system: You are a helpful assistant.
user:
Analyze the provided spectrum to determine if it is a **"Cataclysmic Variables (CV)"**.

- **Key Indicators for CV (Check for either state):**
    - **State 1: Quiescent / Low-State (Emission-Dominated)**
        - **(Primary):** Strong and *very broad* Hydrogen Balmer emission lines (e.g., $H\alpha$ at 6563 Å, $H\beta$ at 4861 Å). The 'broadness' (high velocity dispersion, often FWHM > 1000 km/s) is the key diagnostic, indicating a high-velocity accretion disk.
        - **(Secondary):** Broad neutral Helium (He I) emission lines (e.g., 5876 Å, 6678 Å).
        - **(Key Confirmation):** Presence of high-excitation *ionized* Helium (He II) emission at 4686 Å. This is a strong indicator of accretion onto a white dwarf.
        - **(Line Profile):** Emission lines may exhibit a 'double-peaked' profile, which is a classic signature of a rotating accretion disk viewed at high inclination.

    - **State 2: Outburst / High-State (Absorption-Dominated)**
        - **(Primary):** Spectrum is dominated by a bright, blue continuum (looks like a hot star).
        - **(Secondary):** The emission lines from State 1 are weak, absent, or 'filled in', and are replaced by broad, shallow *absorption* lines (primarily Balmer and He I).
        - **(Morphology):** The overall spectrum mimics a hot B/A-type star. The crucial difference is that the absorption lines are significantly broader, shallower, and more 'washed-out' (or 'smeared') than the sharp lines of a normal stellar photosphere, due to high rotational speeds and pressure broadening in the disk.

Think first, call **spectral_visualization_tool** if needed to examine features in detail, then provide your final answer. Your response must adhere to the following strict rules:
1.  **Overall Structure:** Your response must follow the format `<think>...</think> <tool_call>...</tool_call> (if a tool is used) <answer>...</answer>`.
2.  **Tool Usage Constraint:** You may only make **one** tool call per turn.
3.  **Final Answer Format:** In the `<answer>` tag, your conclusion must be inside a `\boxed{}` command (e.g., `\boxed{YES}`), followed by your justification.

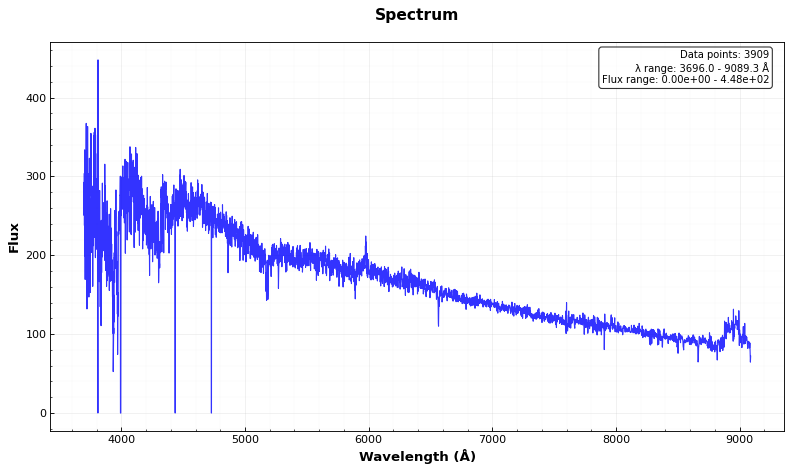
Answer: NO